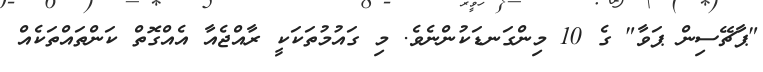
"ޕާޗޭސިން ޕަވާ" ގެ 10 މިންގަނޑަކުންނެވެ. މި ގައުމުތަކަކީ ރާއްޖެއާ އެއްގޮތް ކަންތައްތަކެއް